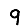
Digit: 9